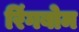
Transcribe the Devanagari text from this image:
रिंगबोम